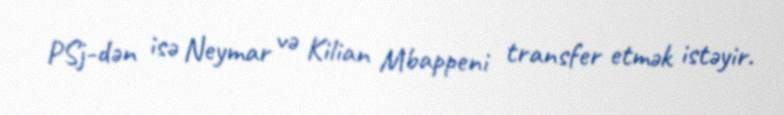
PSj-dən isə Neymar və Kilian Mbappeni transfer etmək istəyir.